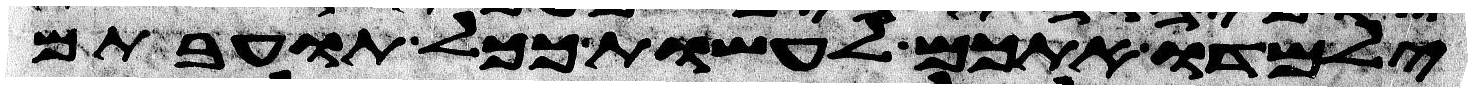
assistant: ילמדו אתכם לעשות ככל תועבתם